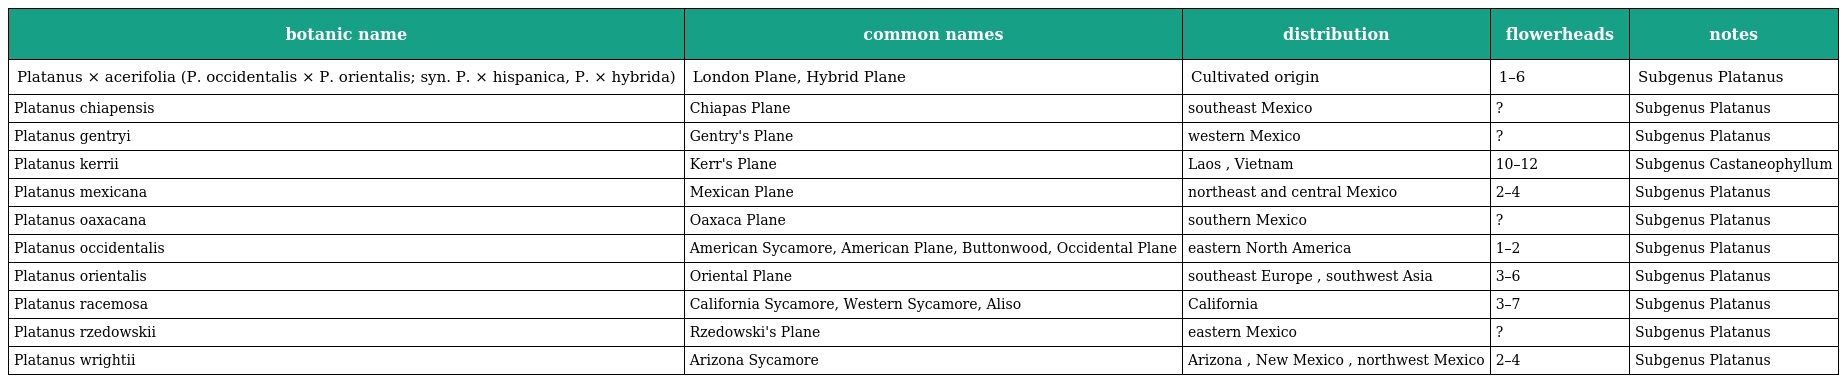
| botanic name | common names | distribution | flowerheads | notes |
 | --- | --- | --- | --- | --- |
 | Platanus × acerifolia (P. occidentalis × P. orientalis; syn. P. × hispanica, P. × hybrida) | London Plane, Hybrid Plane | Cultivated origin | 1–6 | Subgenus Platanus |
 | Platanus chiapensis | Chiapas Plane | southeast Mexico | ? | Subgenus Platanus |
 | Platanus gentryi | Gentry's Plane | western Mexico | ? | Subgenus Platanus |
 | Platanus kerrii | Kerr's Plane | Laos , Vietnam | 10–12 | Subgenus Castaneophyllum |
 | Platanus mexicana | Mexican Plane | northeast and central Mexico | 2–4 | Subgenus Platanus |
 | Platanus oaxacana | Oaxaca Plane | southern Mexico | ? | Subgenus Platanus |
 | Platanus occidentalis | American Sycamore, American Plane, Buttonwood, Occidental Plane | eastern North America | 1–2 | Subgenus Platanus |
 | Platanus orientalis | Oriental Plane | southeast Europe , southwest Asia | 3–6 | Subgenus Platanus |
 | Platanus racemosa | California Sycamore, Western Sycamore, Aliso | California | 3–7 | Subgenus Platanus |
 | Platanus rzedowskii | Rzedowski's Plane | eastern Mexico | ? | Subgenus Platanus |
 | Platanus wrightii | Arizona Sycamore | Arizona , New Mexico , northwest Mexico | 2–4 | Subgenus Platanus |